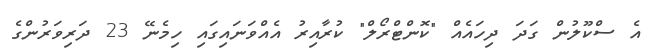
އެ ސްކޫލުން ގަދަ ދިހައެއް "ކޮންޓްރޯލް" ކުރާއިރު އެއްވަނައިގައި ހިމެނޭ 23 ދަރިވަރުންގެ